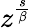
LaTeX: z^{\frac{s}{\beta}}